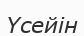
Үсейін